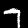
Digit: 7